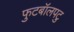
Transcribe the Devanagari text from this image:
फुटबॉलपटु